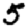
Digit: 5